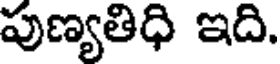
పుణ్యతిధి ఇది.